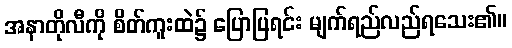
အနာတိုလီကို စိတ်ကူးထဲ၌ ပြောပြရင်း မျက်ရည်လည်ရသေး၏။